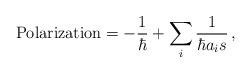
LaTeX: \begin{align*}\textup{Polarization} = -\frac{1}{\hbar} + \sum_i \frac{1}{\hbar a_i s}\,,\end{align*}